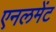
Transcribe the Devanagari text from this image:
एनलमेंट